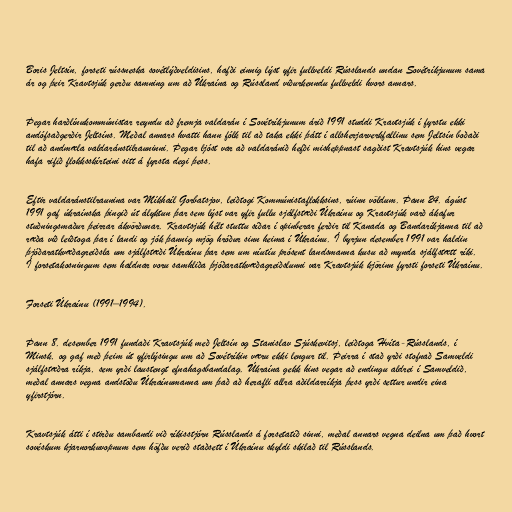
Boris Jeltsín, forseti rússneska sovétlýðveldisins, hafði einnig lýst yfir fullveldi Rússlands undan Sovétríkjunum sama
ár og þeir Kravtsjúk gerðu samning um að Úkraína og Rússland viðurkenndu fullveldi hvors annars.

Þegar harðlínukommúnistar reyndu að fremja valdarán í Sovétríkjunum árið 1991 studdi Kravtsjúk í fyrstu ekki
andófsaðgerðir Jeltsíns. Meðal annars hvatti hann fólk til að taka ekki þátt í allsherjarverkfallinu sem Jeltsín boðaði
til að andmæla valdaránstilrauninni. Þegar ljóst var að valdaránið hefði misheppnast sagðist Kravtsjúk hins vegar
hafa rifið flokksskírteini sitt á fyrsta degi þess.

Eftir valdaránstilraunina var Míkhaíl Gorbatsjov, leiðtogi Kommúnistaflokksins, rúinn völdum. Þann 24. ágúst
1991 gaf úkraínska þingið út ályktun þar sem lýst var yfir fullu sjálfstæði Úkraínu og Kravtsjúk varð ákafur
stuðningsmaður þeirrar ákvörðunar. Kravtsjúk hélt stuttu síðar í opinberar ferðir til Kanada og Bandaríkjanna til að
ræða við leiðtoga þar í landi og jók þannig mjög hróður sinn heima í Úkraínu. Í byrjun desember 1991 var haldin
þjóðaratkvæðagreiðsla um sjálfstæði Úkraínu þar sem um níutíu prósent landsmanna kusu að mynda sjálfstætt ríki.
Í forsetakosningum sem haldnar voru samhliða þjóðaratkvæðagreiðslunni var Kravtsjúk kjörinn fyrsti forseti Úkraínu.

Forseti Úkraínu (1991–1994).

Þann 8. desember 1991 fundaði Kravtsjúk með Jeltsín og Stanislav Sjúskevitsj, leiðtoga Hvíta-Rússlands, í
Minsk, og gaf með þeim út yfirlýsingu um að Sovétríkin væru ekki lengur til. Þeirra í stað yrði stofnað Samveldi
sjálfstæðra ríkja, sem yrði laustengt efnahagsbandalag. Úkraína gekk hins vegar að endingu aldrei í Samveldið,
meðal annars vegna andstöðu Úkraínumanna um það að herafli allra aðildarríkja þess yrði settur undir eina
yfirstjórn.

Kravtsjúk átti í stirðu sambandi við ríkisstjórn Rússlands á forsetatíð sinni, meðal annars vegna deilna um það hvort
sovéskum kjarnorkuvopnum sem höfðu verið staðsett í Úkraínu skyldi skilað til Rússlands.